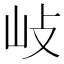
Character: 𡵨